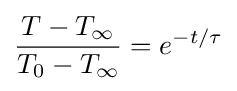
{\frac {T-T_{\infty }}{T_{0}-T_{\infty }}}=e^{-t/\tau }